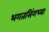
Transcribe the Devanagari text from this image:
भगतसिंगच्या